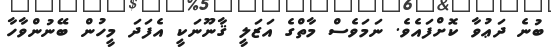
ބުނެ ދަޢުވާ ކޮށްފައެވެ. ނަމަވެސް މާތްގެ އަޒަލީ ޤާނޫނަކީ އެފަދަ މީހުން ބޭނުންވާހާ